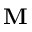
\mathbf { M }